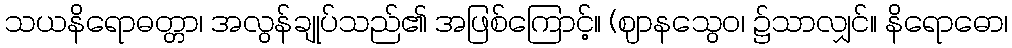
သယနိရောဓတ္တာ၊ အလွန်ချုပ်သည်၏ အဖြစ်ကြောင့်။ (ဈာနသွေဝ၊ ၌သာလျှင်။ နိရောဓော၊